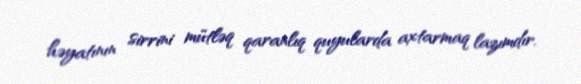
həyatının sirrini mütləq qaranlıq quyularda axtarmaq lazımdır.